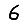
Digit: 6